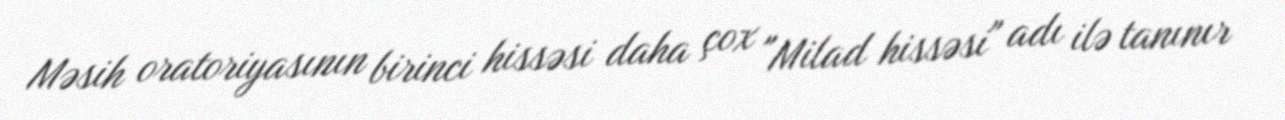
Məsih oratoriyasının birinci hissəsi daha çox "Milad hissəsi" adı ilə tanınır